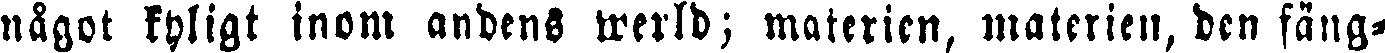
något kyligt inom andens werld; materien, materien, den fäng-